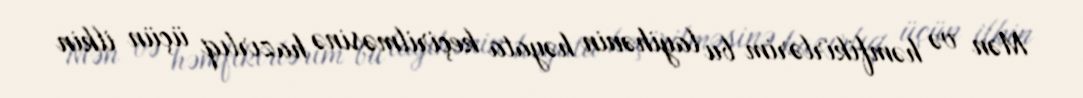
Mən və həmfikirlərim bu layihənin həyata keçirilməsinə hazırlıq üçün ilkin